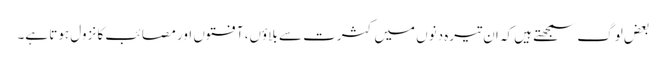
بعض لوگ سمجھتے ہیں کہ ان تیرہ دنوں میں کثرت سے بلاوٴں، آفتوں اور مصائب کا نزول ہوتا ہے۔